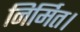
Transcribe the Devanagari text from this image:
निर्मित।